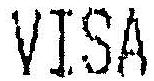
VISA